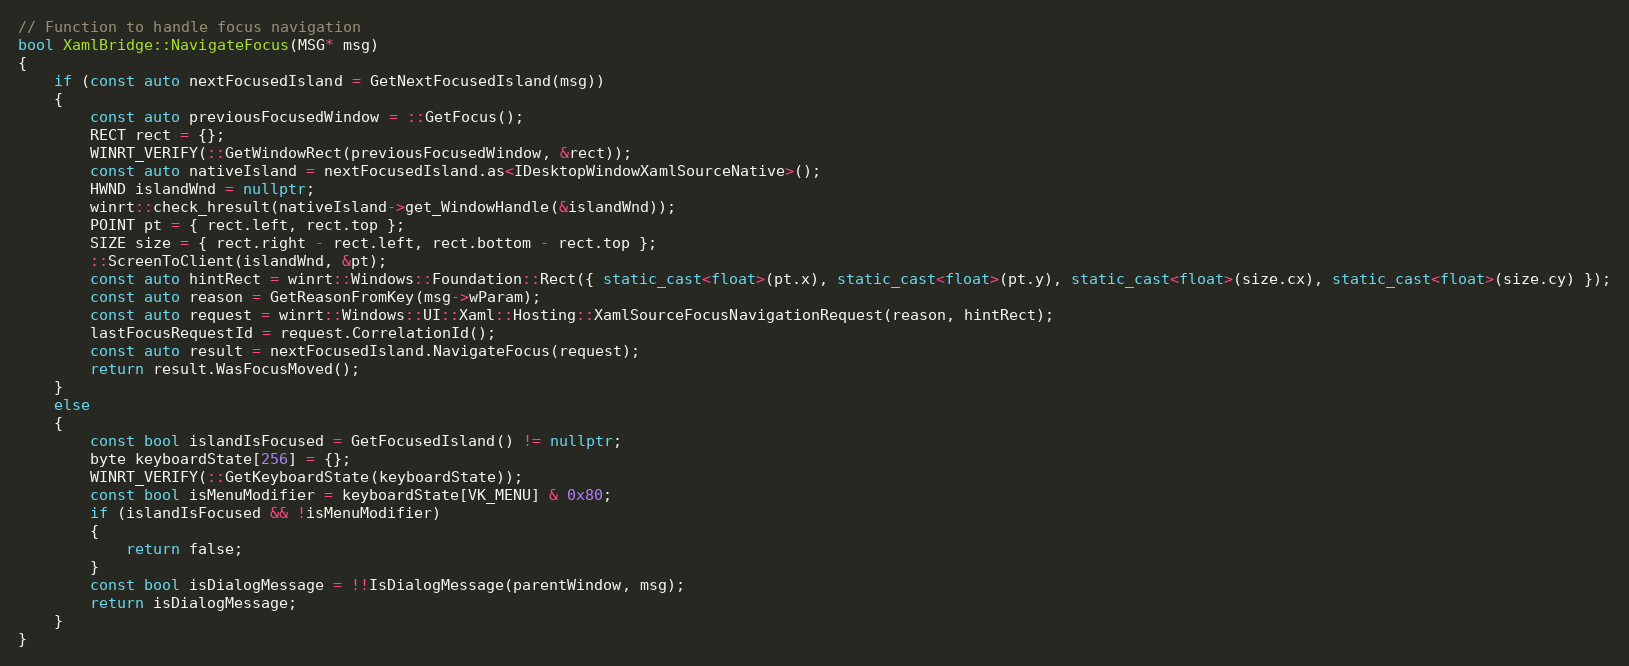
Language: C++
// Function to handle focus navigation
bool XamlBridge::NavigateFocus(MSG* msg)
{
    if (const auto nextFocusedIsland = GetNextFocusedIsland(msg))
    {
        const auto previousFocusedWindow = ::GetFocus();
        RECT rect = {};
        WINRT_VERIFY(::GetWindowRect(previousFocusedWindow, &rect));
        const auto nativeIsland = nextFocusedIsland.as<IDesktopWindowXamlSourceNative>();
        HWND islandWnd = nullptr;
        winrt::check_hresult(nativeIsland->get_WindowHandle(&islandWnd));
        POINT pt = { rect.left, rect.top };
        SIZE size = { rect.right - rect.left, rect.bottom - rect.top };
        ::ScreenToClient(islandWnd, &pt);
        const auto hintRect = winrt::Windows::Foundation::Rect({ static_cast<float>(pt.x), static_cast<float>(pt.y), static_cast<float>(size.cx), static_cast<float>(size.cy) });
        const auto reason = GetReasonFromKey(msg->wParam);
        const auto request = winrt::Windows::UI::Xaml::Hosting::XamlSourceFocusNavigationRequest(reason, hintRect);
        lastFocusRequestId = request.CorrelationId();
        const auto result = nextFocusedIsland.NavigateFocus(request);
        return result.WasFocusMoved();
    }
    else
    {
        const bool islandIsFocused = GetFocusedIsland() != nullptr;
        byte keyboardState[256] = {};
        WINRT_VERIFY(::GetKeyboardState(keyboardState));
        const bool isMenuModifier = keyboardState[VK_MENU] & 0x80;
        if (islandIsFocused && !isMenuModifier)
        {
            return false;
        }
        const bool isDialogMessage = !!IsDialogMessage(parentWindow, msg);
        return isDialogMessage;
    }
}